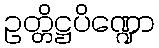
ဥတ္တိဋ္ဌပိဏ္ဍော